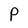
Character: P